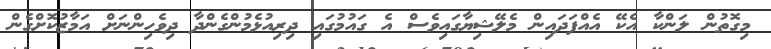
މިގޮތުން ލަންކާ އެކޭ އެއްފަދައިން މެލޭޝިޔާގައިވެސް އެ ގައުމުގައި ދިރިއުޅެމުންގެންދާ ދިވެހިންނަށް އަމާޒުކޮށްގެން